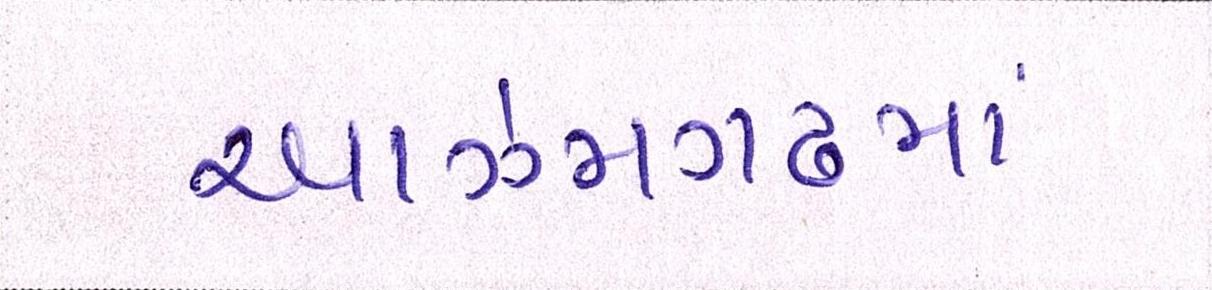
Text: આઝમગઢમાં